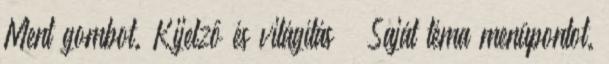
Ment gombot. Kijelző és világítás → Saját téma menüpontot.